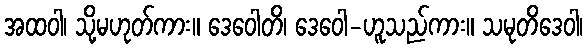
အထဝါ၊ သို့မဟုတ်ကား။ ဒေဝေါတိ၊ ဒေဝေါ-ဟူသည်ကား။ သမုတိဒေဝါ၊